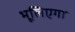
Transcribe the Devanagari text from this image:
भूलिएगा